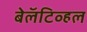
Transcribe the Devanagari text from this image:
बेलॅटिव्हल